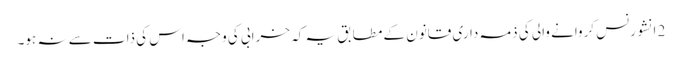
2 انشورنس کروانے والی کی ذمہ داری قانون کے مطابق یہ کہ خرابی کی وجہ اس کی ذات سے نہ ہو۔